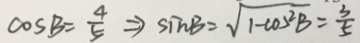
\cos B = \frac { 4 } { 5 } \Rightarrow \sin B = \sqrt { 1 - \cos ^ { 2 } B } = \frac { 3 } { 5 }